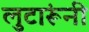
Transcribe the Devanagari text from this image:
लुटारूंनी